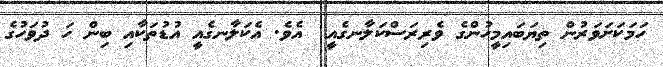
ހަމަކަށަވަރުން ތިޔަބައިމީހުންގެ ވެރިރަސްކަލާނގެއީ  އެވެ. އެކަލާނގެއީ އުޑުތަކާއި ބިން ހަ ދުވަހުގެ